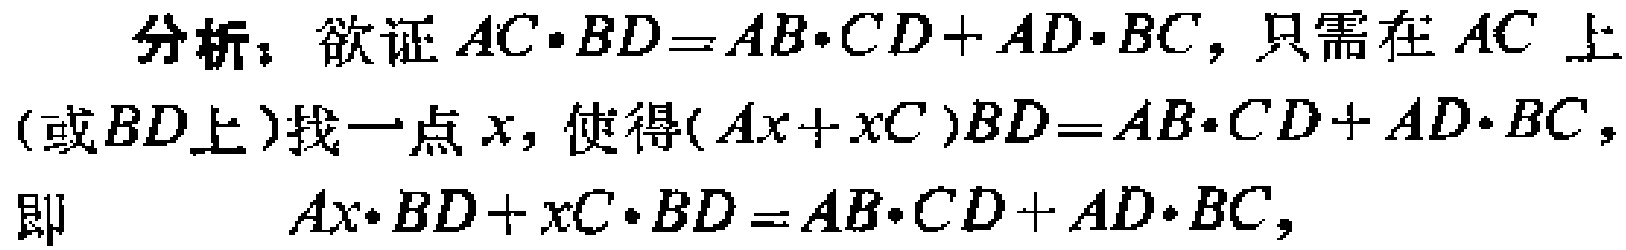
分析：欲证\(AC\cdot BD = AB\cdot CD + AD\cdot BC\)，只需在 \(AC\) 上（或\(BD\)上）找一点 \(x\)，使得\((Ax + xC)BD = AB\cdot CD + AD\cdot BC\)，即 \(Ax\cdot BD + xC\cdot BD = AB\cdot CD + AD\cdot BC\)，